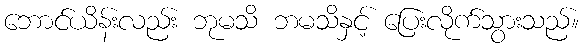
ဘောင်ယိန်းလည်း ဘုမသိ ဘမသိနှင့် ပြေးလိုက်သွားသည်။